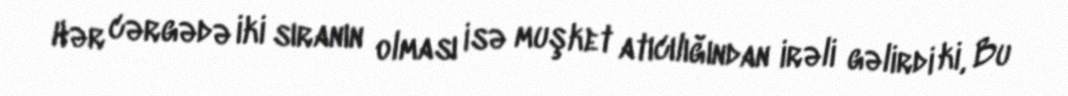
Hər cərgədə iki sıranın olması isə muşket atıcılığından irəli gəlirdi ki, Bu